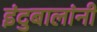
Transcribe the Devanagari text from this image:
इंदुबालांनी